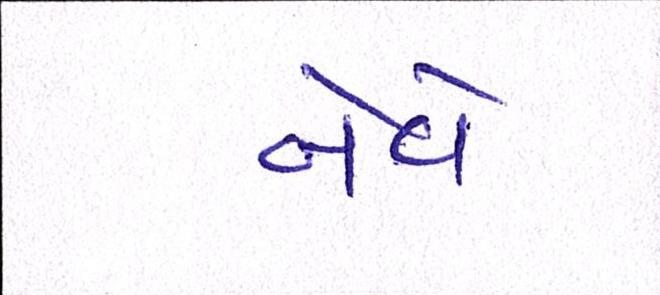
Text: નેવે